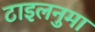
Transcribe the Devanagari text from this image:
टाइलनुमा